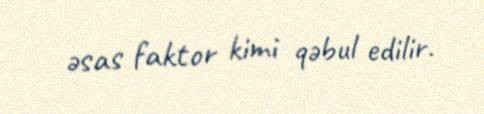
əsas faktor kimi qəbul edilir.